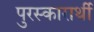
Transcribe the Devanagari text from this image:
पुरस्कारार्थी